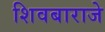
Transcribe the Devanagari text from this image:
शिवबाराजे